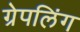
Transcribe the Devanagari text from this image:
ग्रेपलिंग